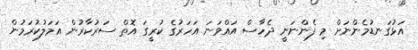
އަޅުގަނޑުމެންނަށް މި ފެންނަނީ ދެހާސް އައްވަނަ އަހަރުގެ ކުރީގަ އޮތް ސަރުކާރުން އަމަލުކުރަމުން